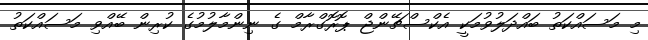
މި މަސައްކަތު ބައްދަލުވުމަކީ އެކްސްޗޭންޖް ޕޮރޮގްރާމް ގެ ނިންމާލުމުގެ ކުރިން ބޭއްވި މަސައްކަތު